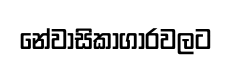
නේවාසිකාගාරවලට